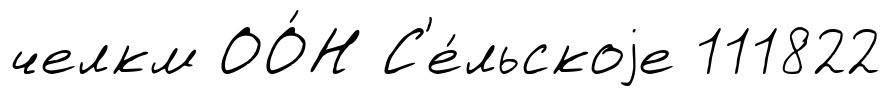
челкм ОО́Н С'е́льскоjе 111822